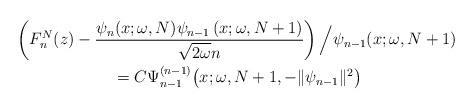
LaTeX: \begin{gather*} \left( F_{n}^{N}(z)-\frac{\psi _{n}(x;\omega,N) \psi _{n-1}\left( x;\omega ,N+1\right) }{\sqrt{2\omega }n}\right) \Big/\psi _{n-1} ( x;\omega ,N+1 ) \\ {}=C\Psi _{n-1}^{(n-1) }\big(x;\omega ,N+1,- \Vert \psi _{n-1} \Vert ^{2}\big)\end{gather*}